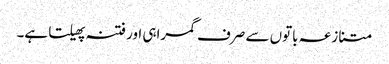
متنازعہ باتوں سے صرف گمراہی اور فتنہ پھیلتا ہے۔